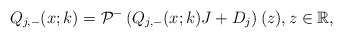
\begin{align*}Q_{j,-}(x;k)=\mathcal{P}^-\left(Q_{j,-}(x;k) J +D_j\right)(z), z \in \mathbb{R},\end{align*}